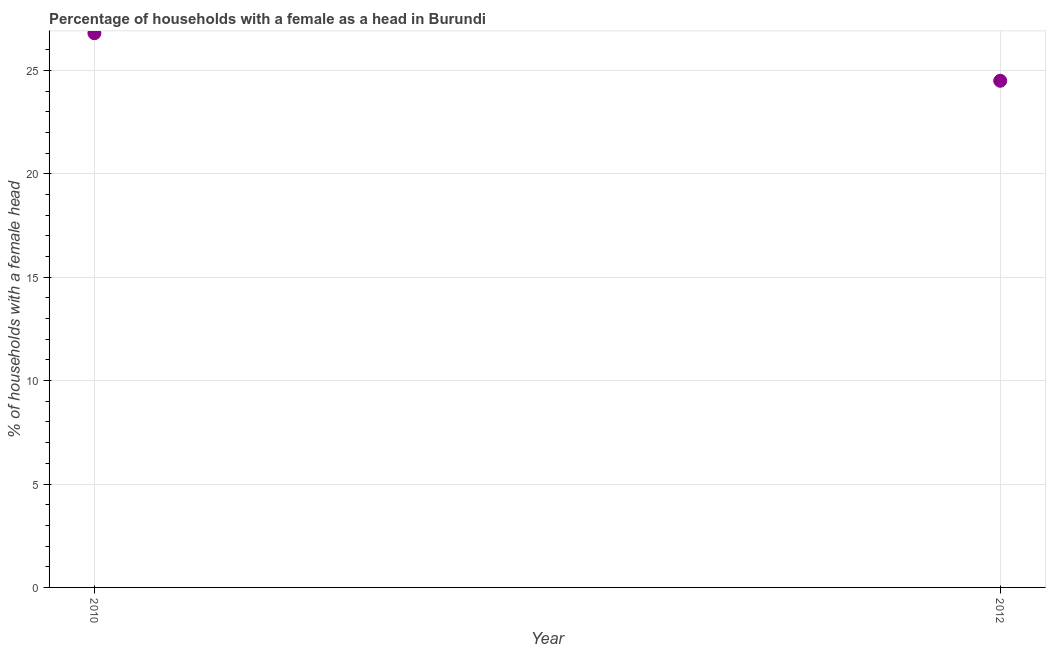
| Year | Female headed households |
 | --- | --- |
 | 2010 | 26.8 |
 | 2012 | 24.5 |